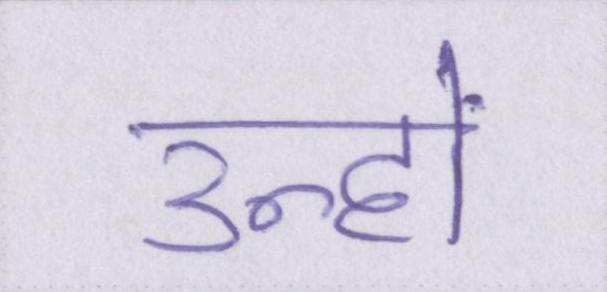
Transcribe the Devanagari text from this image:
उन्हों